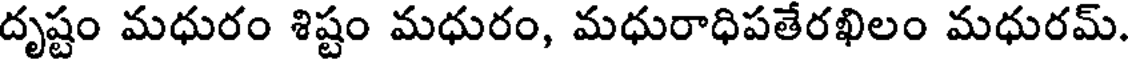
దృష్టం మధురం శిష్టం మధురం, మధురాధిపతేరఖిలం మధురమ్.